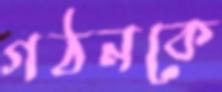
গঠনকে